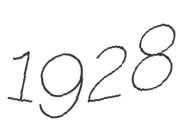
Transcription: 1928